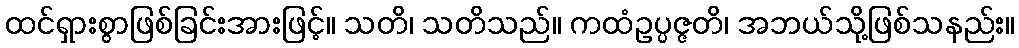
ထင်ရှားစွာဖြစ်ခြင်းအားဖြင့်။ သတိ၊ သတိသည်။ ကထံဥပ္ပဇ္ဇတိ၊ အဘယ်သို့ဖြစ်သနည်း။